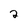
Character: 2